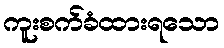
ကူးစက်ခံထားရသော